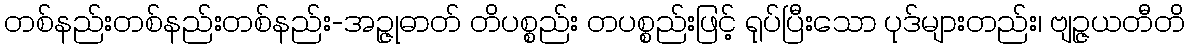
တစ်နည်းတစ်နည်းတစ်နည်း-အဉ္ဇုဓာတ် တိပစ္စည်း တပစ္စည်းဖြင့် ရုပ်ပြီးသော ပုဒ်များတည်း၊ ဗျဉ္ဇယတီတိ